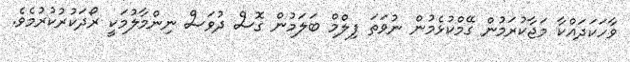
ވާހަކަދައްކާ މަޖާކުރަމުން ގޭމްކުޅެމުން ނުވަތަ ފިލްމް ބަލަމުން ގޮސް ދުވަސް ނިންމާލުމަކީ ރޯދަކުރުކުރުމެވެ.